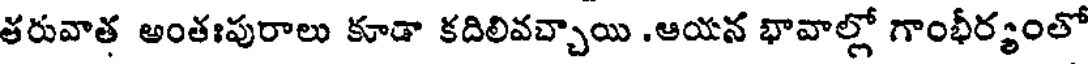
తరువాత అంతఃపురాలు కూడా కదిలివచ్చాయి .ఆయన భావాల్లో గాంభీర్యంలో